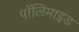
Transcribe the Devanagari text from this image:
पॉलिमाइड